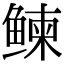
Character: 𬶠